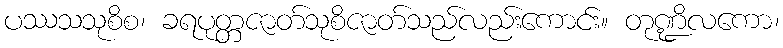
ပဿသသုစိစ၊ ခရပုတ္တဇာတ်သုစိဇာတ်သည်လည်းကောင်း။ တုဏ္ဍိလကော၊